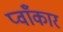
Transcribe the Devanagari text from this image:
प्वाँकार